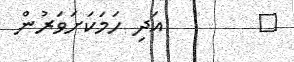
٤        އަދި ހަމަކަށަވަރުން